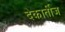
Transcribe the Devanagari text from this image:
देकार्तीज